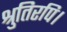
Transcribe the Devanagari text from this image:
श्रुतिरपि।